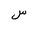
Letter: _sin